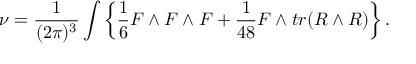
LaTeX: \nu = { \frac { 1 } { ( 2 \pi ) ^ { 3 } } } \int \left\{ { \frac { 1 } { 6 } } F \wedge F \wedge F + { \frac { 1 } { 4 8 } } F \wedge t r ( R \wedge R ) \right\} .